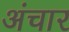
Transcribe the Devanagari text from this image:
अंचार